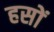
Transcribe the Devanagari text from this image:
हसों